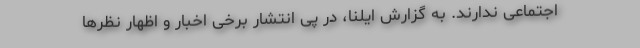
اجتماعی ندارند. به گزارش ایلنا، در پی انتشار برخی اخبار و اظهار نظرها